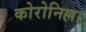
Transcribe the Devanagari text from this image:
कोरोनिल्ला